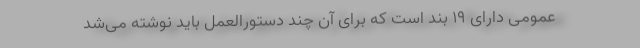
عمومی دارای ۱۹ بند است که برای آن چند دستورالعمل باید نوشته می‌شد